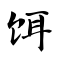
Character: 饵